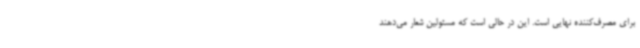
برای مصرف‌کننده نهایی است. این در حالی است که مسئولین شعار می‌دهند